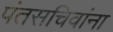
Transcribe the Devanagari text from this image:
पंतसचिवांना